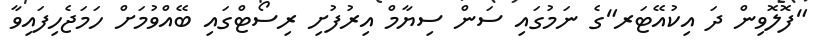
"ފޮލޮވިން ދަ އިކުއޭޓަރ"ގެ ނަމުގައި ސަން ސިޔާމް އިރުފުށި ރިސޯޓްގައި ބޭއްވުމަށް ހަމަޖެހިފައިވާ